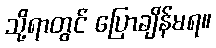
သို့ရာတွင် ပြောချိန်မရ။